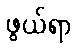
ဖွယ်ရာ